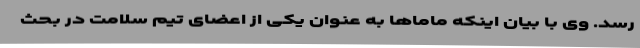
رسد. وی با بیان اینکه ماماها به عنوان یکی از اعضای تیم سلامت در بحث